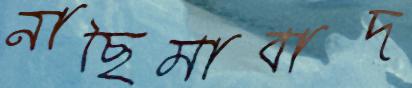
নাছিমাবাদ